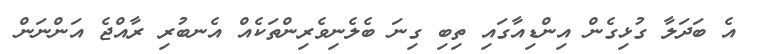
އެ ބަދަލާ ގުޅިގެން އިންޑިއާގައި ތިބި ގިނަ ބެލެނިވެރިންތަކެއް އެނބުރި ރާއްޖެ އަންނަން